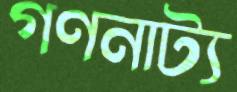
গণনাট্য